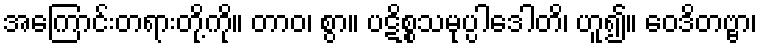
အကြောင်းတရားတို့ကို။ တာဝ၊ စွာ။ ပဋိစ္စသမုပ္ပါဒေါတိ၊ ဟူ၍။ ဝေဒိတဗ္ဗာ၊